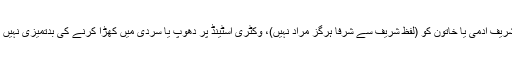
میں کسی شریف آدمی یا خاتون کو (لفظ شریف سے شرفا ہرگز مراد نہیں)، وکٹری اسٹینڈ پر دھوپ یا سردی میں کھڑا کرنے کی بدتمیزی نہیں کرنا چاہتا۔